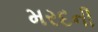
મરદની